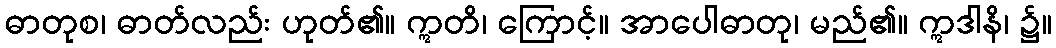
ဓာတုစ၊ ဓာတ်လည်း ဟုတ်၏။ ဣတိ၊ ကြောင့်။ အာပေါဓာတု၊ မည်၏။ ဣဒါနိ၊ ၌။